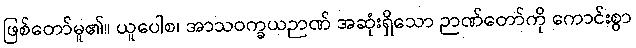
ဖြစ်တော်မူ၏။ ယူပေါစ၊ အာသဝက္ခယဉာဏ် အဆုံးရှိသော ဉာဏ်တော်ကို ကောင်းစွာ